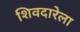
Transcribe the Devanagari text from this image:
शिवदारेला